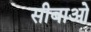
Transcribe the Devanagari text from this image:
सीबाओ